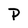
Character: P